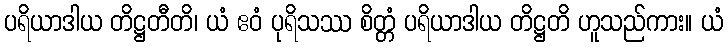
ပရိယာဒါယ တိဋ္ဌတီတိ၊ ယံ ဧဝံ ပုရိသဿ စိတ္တံ ပရိယာဒါယ တိဋ္ဌတိ ဟူသည်ကား။ ယံ